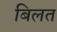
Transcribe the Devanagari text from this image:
बिलत